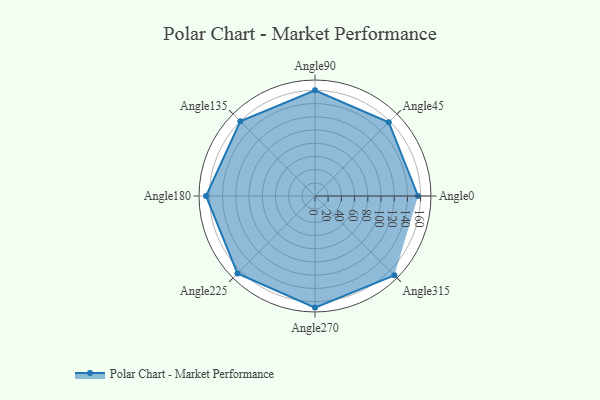
{"axis": {"x": "Angle", "y": "Radius"}, "legend": [""], "data": [{"x": "Angle0", "y": 156.0, "type": ""}, {"x": "Angle45", "y": 158.0, "type": ""}, {"x": "Angle90", "y": 160.0, "type": ""}, {"x": "Angle135", "y": 160.0, "type": ""}, {"x": "Angle180", "y": 165.0, "type": ""}, {"x": "Angle225", "y": 166.0, "type": ""}, {"x": "Angle270", "y": 169.0, "type": ""}, {"x": "Angle315", "y": 170, "type": ""}]}